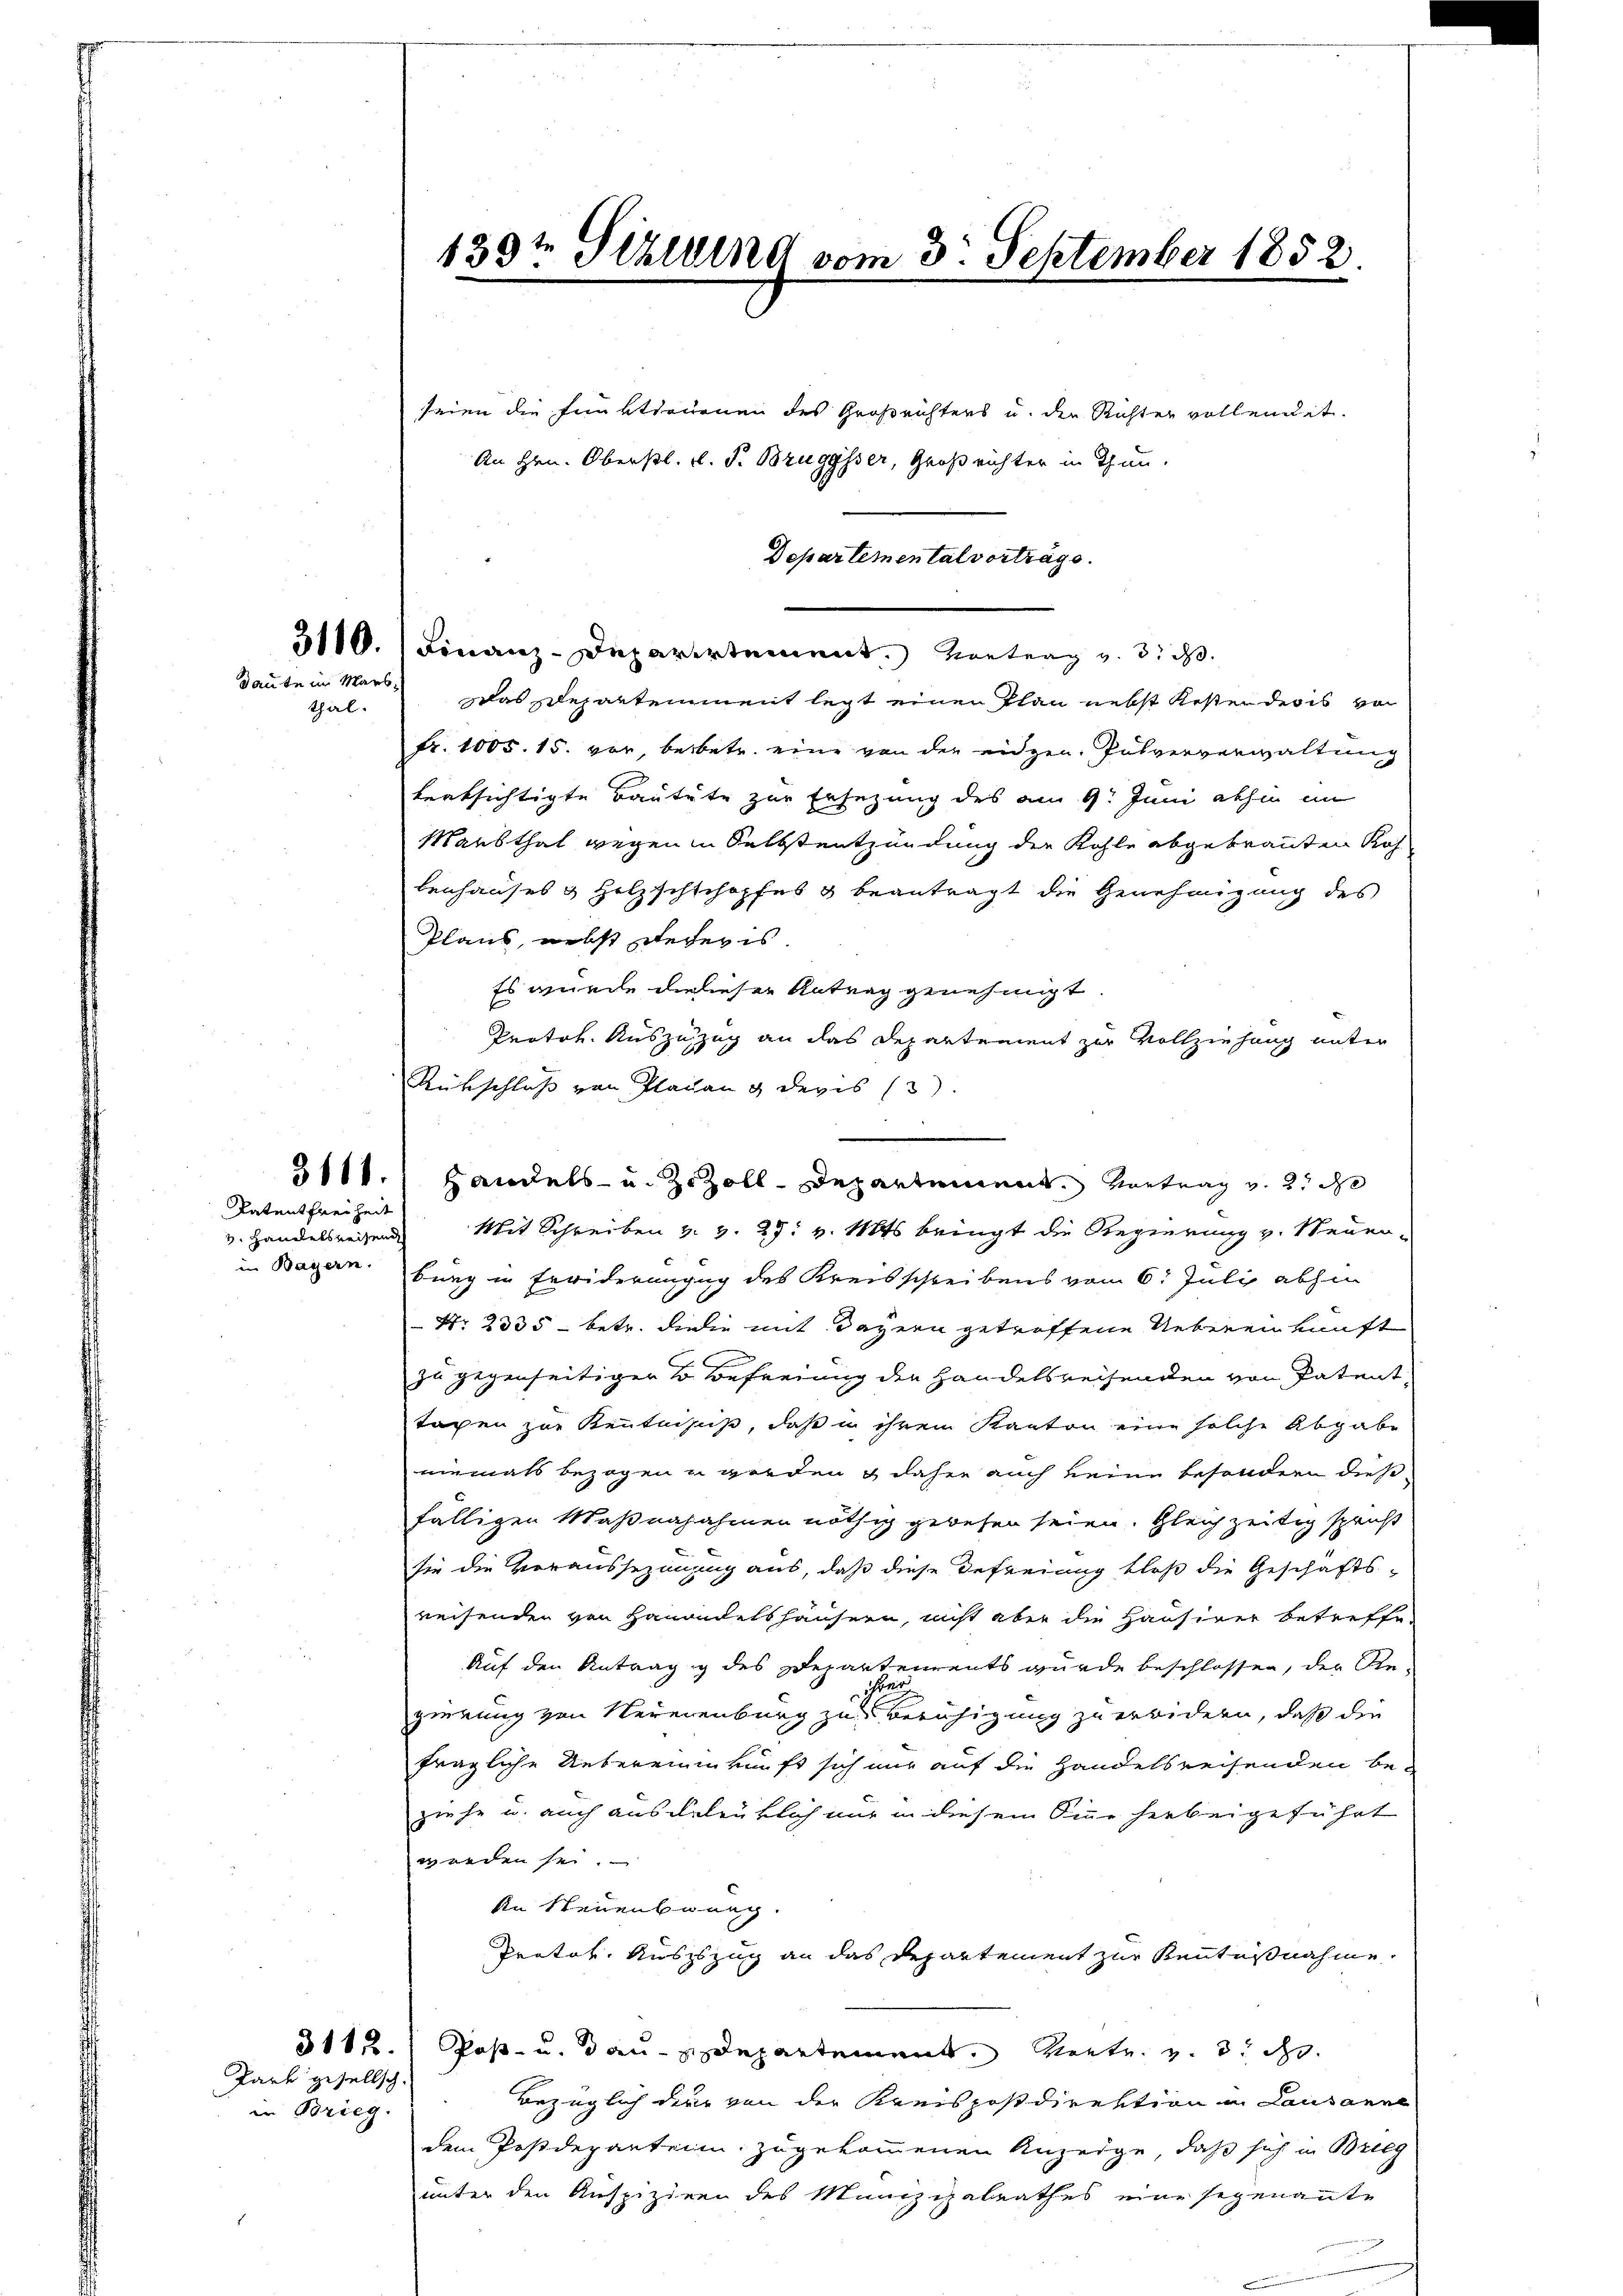
Baute in Marsthal.

Datentfreiheit
v. Handelsweisend

Park gesellsch.
in Brieg.

seien die Funktionenen des Großrichters u. der Richter vollendet.
An Hrn. Oberstl. v. J. Bruggsser, Großrichter in Thun.
Departemental vorträge.
5110.) Finanz-Deparirtement. Vortrag v. 3. d.
Das Departement legt einen Plan nebst Restenderes von
Fr. 1005. 15. vor, beibetr. eine von der eidgen. Pulververwaltung
lerksichtigte Bautete zur Ersezung des am 9. Juni abhin im
Maesthal wegen in Selbstentzündung der Kohle abgebrauten Kos
tenhauses & Holzschlchopfes & beantragt die Genehmigung des
Plans, nebst Recepis.
Es wurde die liesen Antrag genehmigt.
Protok. Auszuzug an das Departement zur Vollziehung unter
Rückschluß von Plagen u devis (
5111. Handels- u. Zu Zoll-Departement. Vortrag v. 2. d
Mit Schreiben u. v. 29. v. Mts. bringt die Regierung v. Neuen-
in Bayern burg in Erwiderungen des Kreisschreibens vom 6. Juli abhin
 Nr. 2335 - betr. da die mit Dayern getroffene Uebereinkunft
zu gegenseitiger so Befreiung der Handelsreisenden von Patent,
tagen zur Kenntniss, daß in ihrem Kanton eine solche Abgabe
niemals bezogen u werden & daher auch keine besondern dies
fälligen Maßnahahmen nöthig gewesen seien. Gleichzeitig spricht
sie die Voraussezimung aus, daß diese Defreiung bloß die Geschäfts-
reisenden von Hauendetshäusern, nicht aber die Hausiner betreffe
Auf den Antrag g des Departements wurde beschlossen, der Re-
gierung von Neuerenburg zu Beruhigung zu erwidern, daß die
fragliche Uebereinkunft sich nur auf die Handelsreisenden beziehe u. auch ausgelenklich nur in diesem Sinne herbeigeführt
werden sei.
An Neuenbrung.
Protok. Auszzug an das Departement zur Kenntnißnahme
31122.) Post- u. dan Departement. Vertr. v. 3. d.
Bezüglich dere von der Kreispostdirektion in Lausanne
dem Postdeparteien zugekommenen Anzeige, daß sich in Brieg
unter den Auspiziren des Munzialrathes eine segenannte

1391 Sihlung vom 3. September 1852